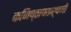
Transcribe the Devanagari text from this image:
कनिष्ठापकर्षणी